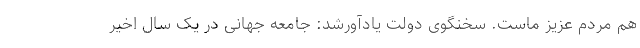
هم مردم عزیز ماست. سخنگوی دولت یادآورشد: جامعه جهانی در یک سال اخیر